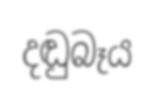
දඬුබෑය